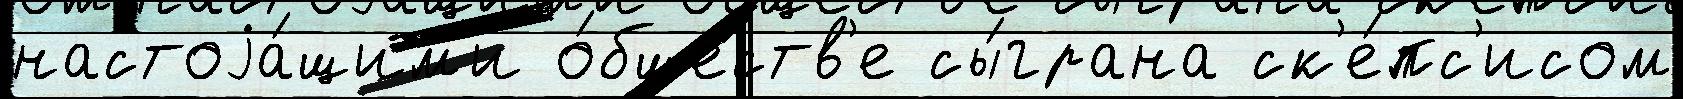
настоjа́щим'и о́бществ'е сы́грана ск'е́пс'исом